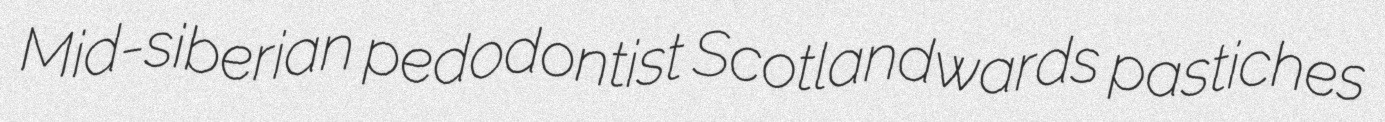
Mid-siberian pedodontist Scotlandwards pastiches